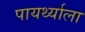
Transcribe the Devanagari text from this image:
पायर्थ्याला